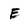
Character: E